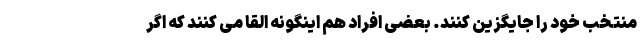
منتخب خود را جایگزین کنند. بعضی افراد هم اینگونه القا می کنند که اگر